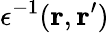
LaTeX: \epsilon^{-1}(\mathbf{r},\mathbf{r}^{\prime})